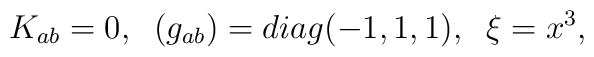
K_{ab} =0,   \;\; (g_{ab}) = diag(-1,1,1), \;\; \xi = x^3,